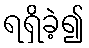
ရရှိခဲ့၍